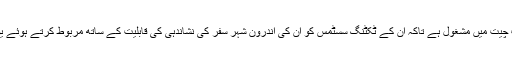
یہ ٹیم بعض بڑے ٹراویل پلیٹ فامس کے ساتھ بھی بات چیت میں مشغول ہے تاکہ اُن کے ٹکٹنگ سسٹمس کو اُن کی اندرون شہر سفر کی نشاندہی کی قابلیت کے ساتھ مربوط کرتے ہوئے یوزر کے لئے سفر کی مجموعی لاگت کو کم کیا جائے۔